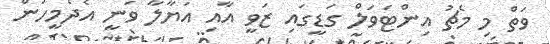
ވަތް މި މެޗު އިންޓަވަލް ގަޑީގައި ޒަވީ އާއި އަޔާލާ ވަނީ އެދެމީހުން